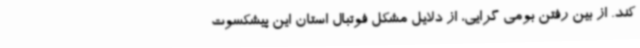
کند. از بین رفتن بومی گرایی، از دلایل مشکل فوتبال استان این پیشکسوت